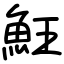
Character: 𩵭